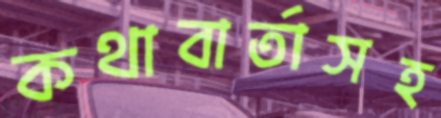
কথাবার্তাসহ